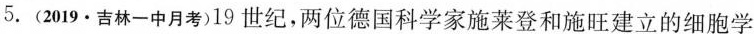
5.(2019·吉林一中月考)19世纪，两位德国科学家施莱登和施旺建立的细胞学